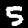
Label: 5